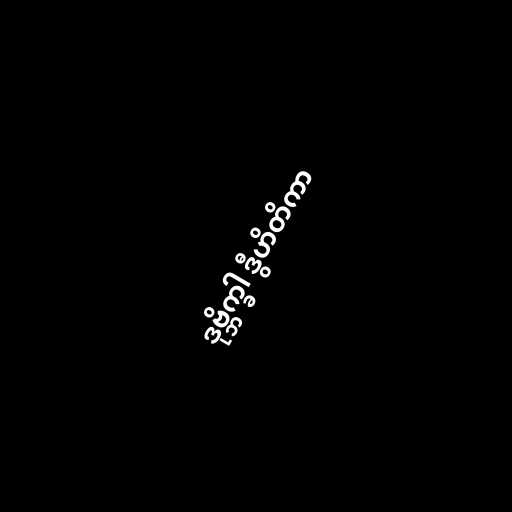
ဒုဗ္ဘိက္ခါ ဒွီဟိတိကာ